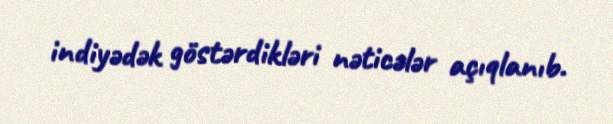
indiyədək göstərdikləri nəticələr açıqlanıb.